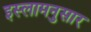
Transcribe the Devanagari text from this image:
इस्लामनुसार